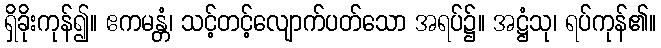
ရှိခိုးကုန်၍။ ဧကမန္တံ၊ သင့်တင့်လျောက်ပတ်သော အရပ်၌။ အဋ္ဌံသု၊ ရပ်ကုန်၏။